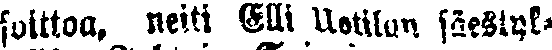
soittoa, neiti Elli Uotilan säestyk-